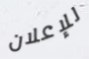
للإعلان